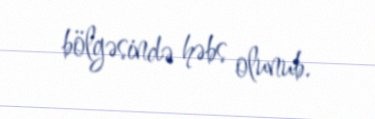
bölgəsində həbs olunub.